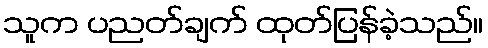
သူက ပညတ်ချက် ထုတ်ပြန်ခဲ့သည်။